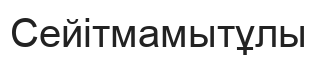
Сейітмамытұлы